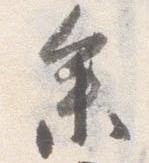
参